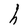
Character: h